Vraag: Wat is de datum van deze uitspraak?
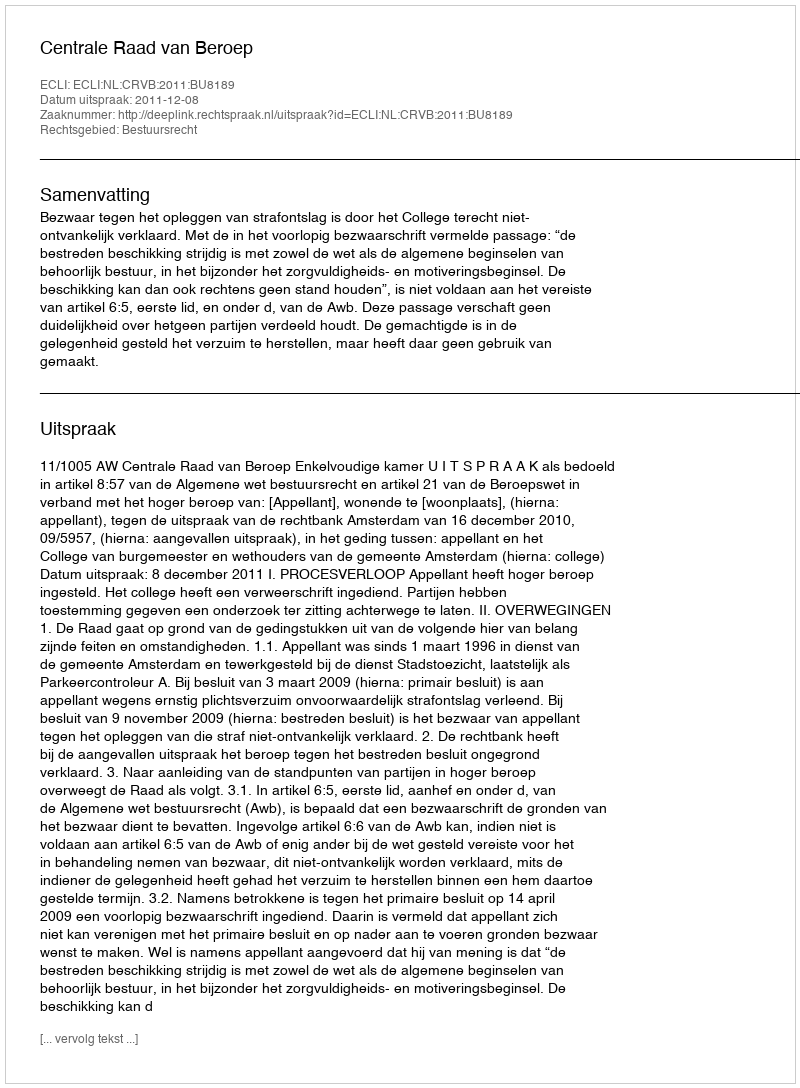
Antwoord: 2011-12-08